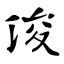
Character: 浚